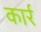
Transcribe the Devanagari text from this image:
कार्र